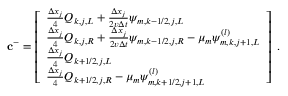
\mathbf { c } ^ { - } = \left[ \begin{array} { l } { \frac { \Delta x _ { j } } { 4 } Q _ { k , j , L } + \frac { \Delta x _ { j } } { 2 v \Delta t } \psi _ { m , k - 1 / 2 , j , L } } \\ { \frac { \Delta x _ { j } } { 4 } Q _ { k , j , R } + \frac { \Delta x _ { j } } { 2 v \Delta t } \psi _ { m , k - 1 / 2 , j , R } - \mu _ { m } \psi _ { m , k , j + 1 , L } ^ { ( l ) } } \\ { \frac { \Delta x _ { j } } { 4 } Q _ { k + 1 / 2 , j , L } } \\ { \frac { \Delta x _ { j } } { 4 } Q _ { k + 1 / 2 , j , R } - \mu _ { m } \psi _ { m , k + 1 / 2 , j + 1 , L } ^ { ( l ) } } \end{array} \right] \; .